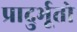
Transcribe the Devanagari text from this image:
प्रादुर्भूतो